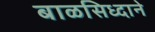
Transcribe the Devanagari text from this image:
बाळसिध्दाने